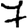
Digit: 7